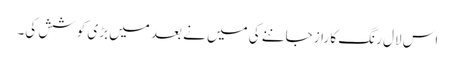
اس لال رنگ کا راز جاننے کی میں نے بعد میں بڑی کوشش کی۔